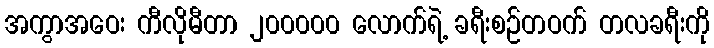
အကွာအဝေး ကီလိုမီတာ ၂၀၀၀၀၀ လောက်ရဲ့ ခရီးစဉ်တဝက် တလခရီးကို